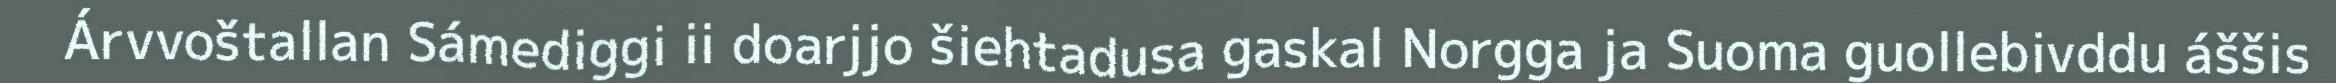
Árvvoštallan Sámediggi ii doarjjo šiehtadusa gaskal Norgga ja Suoma guollebivddu áššis